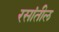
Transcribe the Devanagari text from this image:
रसांतील